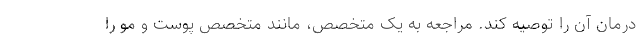
درمان آن را توصیه کند. مراجعه به یک متخصص، مانند متخصص پوست و مو را